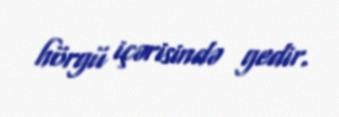
hörgü içərisində gedir.